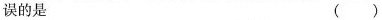
误的是 ( )